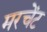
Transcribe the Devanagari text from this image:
मरचेंट